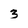
Character: 3